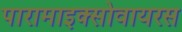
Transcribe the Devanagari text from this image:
पारामाइक्सोवायरस